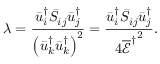
\lambda = \frac { { \bar { u } _ { i } ^ { \dag } { { \bar { S } } _ { i j } } \bar { u } _ { j } ^ { \dag } } } { { { { \left( { \bar { u } _ { k } ^ { \dag } \bar { u } _ { k } ^ { \dag } } \right) } ^ { 2 } } } } = \frac { { \bar { u } _ { i } ^ { \dag } { { \bar { S } } _ { i j } } \bar { u } _ { j } ^ { \dag } } } { { 4 { { \overline { { \mathcal E } } } ^ { \dag } } ^ { 2 } } } .